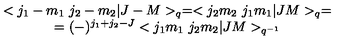
\begin{array} { c } { < j _ { 1 } - m _ { 1 } \ j _ { 2 } - m _ { 2 } | J - M > _ { q } = < j _ { 2 } m _ { 2 } \ j _ { 1 } m _ { 1 } | J M > _ { q } = } \\ { = ( - ) ^ { j _ { 1 } + j _ { 2 } - J } < j _ { 1 } m _ { 1 } \ j _ { 2 } m _ { 2 } | J M > _ { q ^ { - 1 } } } \\ \end{array}